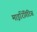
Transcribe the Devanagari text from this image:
माइरिंगिटिस